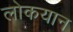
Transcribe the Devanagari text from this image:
लोकयान